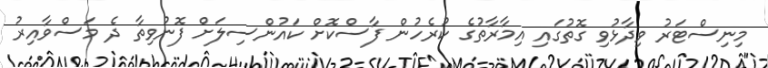
މިނިސްޓަރު ވިދާޅުވި ގޮތުގައި އިމާރާތުގެ ކުރެހުން ފާސްކޮށް ކައުންސިލަށް ފޮނުވިތާ ދެ މަސްވާއިރު